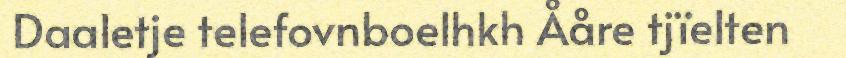
Daaletje telefovnboelhkh Ååre tjïelten